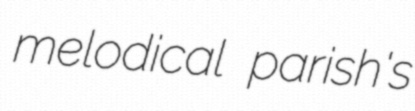
melodical parish's